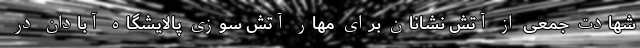
شهادت جمعی از آتش‌ نشانان برای مهار آتش سوزی پالایشگاه آبادان در